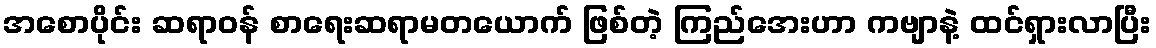
အစောပိုင်း ဆရာဝန် စာရေးဆရာမတယောက် ဖြစ်တဲ့ ကြည်အေးဟာ ကဗျာနဲ့ ထင်ရှားလာပြီး